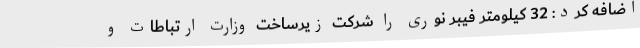
اضافه کرد: 32 کیلومتر فیبر نوری را شرکت زیرساخت وزارت ارتباطات و